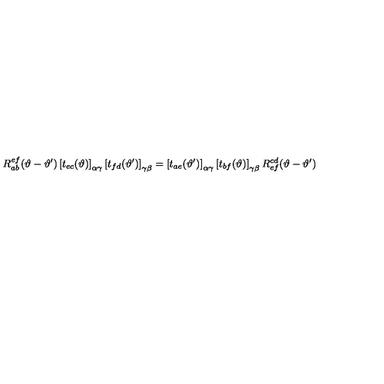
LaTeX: R _ { a b } ^ { e f } ( \vartheta - \vartheta ^ { \prime } ) \left[ t _ { e c } ( \vartheta ) \right] _ { \alpha \gamma } \left[ t _ { f d } ( \vartheta ^ { \prime } ) \right] _ { \gamma \beta } = \left[ t _ { a e } ( \vartheta ^ { \prime } ) \right] _ { \alpha \gamma } \left[ t _ { b f } ( \vartheta ) \right] _ { \gamma \beta } R _ { e f } ^ { c d } ( \vartheta - \vartheta ^ { \prime } )